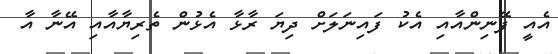
އެއީ ފޭނިންއާއި އެކު ފައިނަލަށް ދިޔަ ރާޅާ އެޅުން ތެރިޔާއާއި އޭނާ އާ